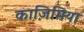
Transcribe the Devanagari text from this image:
काज़िमिया